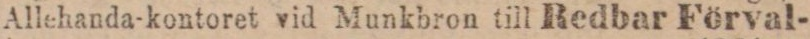
Allehanda-kontoret vid Munkbron till Redbar Förval-